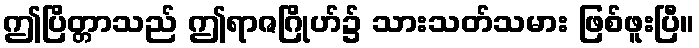
ဤပြိတ္တာသည် ဤရာဇဂြိုဟ်၌ သားသတ်သမား ဖြစ်ဖူးပြီ။